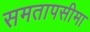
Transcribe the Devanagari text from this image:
समतापसीमा